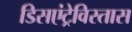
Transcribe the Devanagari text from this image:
डिसएंट्रेविस्तास